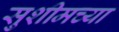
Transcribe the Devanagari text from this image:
सुशीमच्या